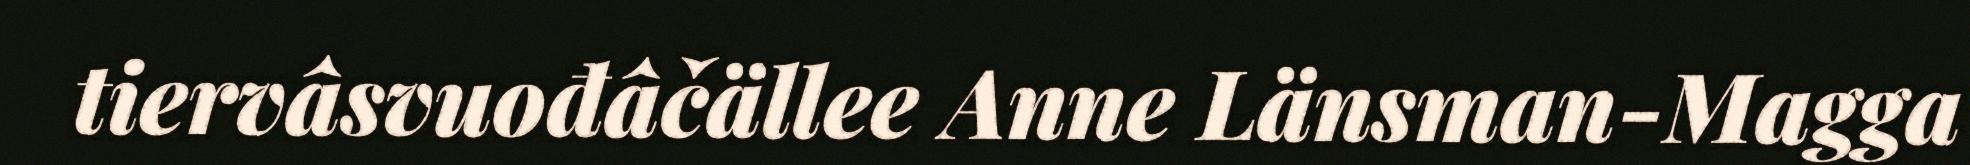
tiervâsvuođâčällee Anne Länsman-Magga